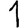
Digit: 1